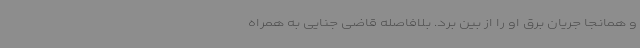
و همانجا جریان برق او را از بین برد. بلافاصله قاضی جنایی به همراه